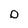
Character: D